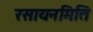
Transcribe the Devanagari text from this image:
रसायनमिति